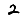
Digit: 2